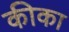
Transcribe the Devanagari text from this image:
कीका